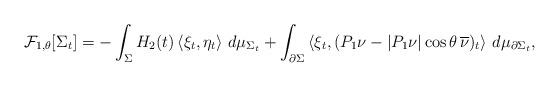
LaTeX: \begin{align*}\mathcal{F}_{1,\theta}[\Sigma_t]=-\int_\Sigma H_2(t)\left<\xi_t,\eta_t\right>\,d\mu_{\Sigma_t}+\int_{\partial\Sigma} \left<\xi_t,(P_1\nu-\vert{P_1\nu}\vert\cos\theta\,\overline\nu)_t\right>\,d\mu_{\partial\Sigma_t},\end{align*}